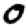
Digit: 0